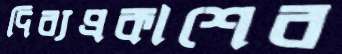
দিব্যপ্রকাশের